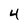
Character: 4